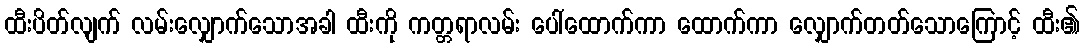
ထီးပိတ်လျက် လမ်းလျှောက်သောအခါ ထီးကို ကတ္တရာလမ်း ပေါ်ထောက်ကာ ထောက်ကာ လျှောက်တတ်သောကြောင့် ထီး၏